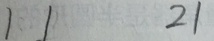
1 1 2 1